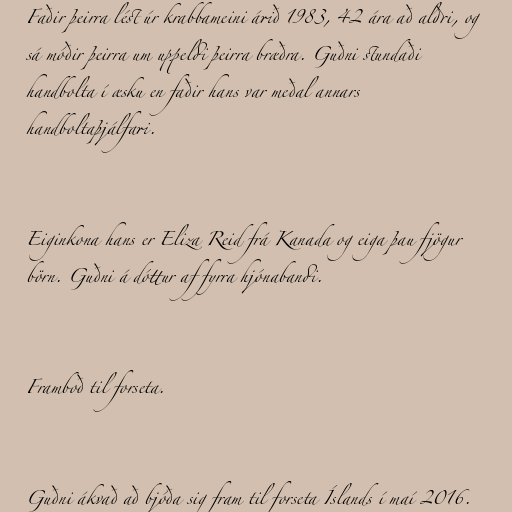
Faðir þeirra lést úr krabba­meini árið 1983, 42 ára að aldri, og
sá móðir þeirra um upp­eldi þeirra bræðra. Guðni stundaði
hand­bolta í æsku en faðir hans var meðal ann­ars
hand­boltaþjálf­ari.

Eiginkona hans er Eliza Reid frá Kanada og eiga þau fjögur
börn. Guðni á dóttur af fyrra hjónabandi.

Framboð til forseta.

Guðni ákvað að bjóða sig fram til forseta Íslands í maí 2016.